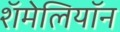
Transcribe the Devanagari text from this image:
शॅमेलियॉन